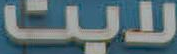
لايت